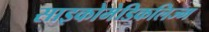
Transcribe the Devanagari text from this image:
साइकोमेडिकलिज्म